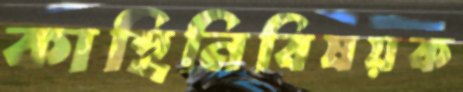
কাহিনিবিষয়ক